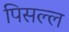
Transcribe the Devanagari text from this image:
पिसल्ल